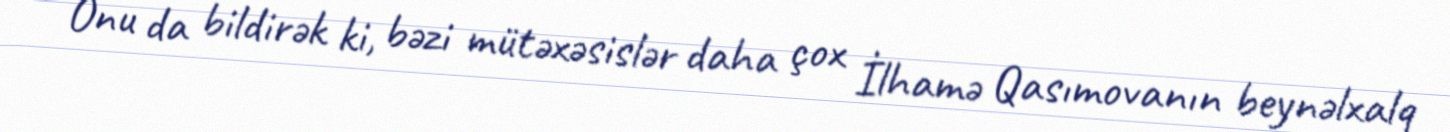
Onu da bildirək ki, bəzi mütəxəsislər daha çox İlhamə Qasımovanın beynəlxalq